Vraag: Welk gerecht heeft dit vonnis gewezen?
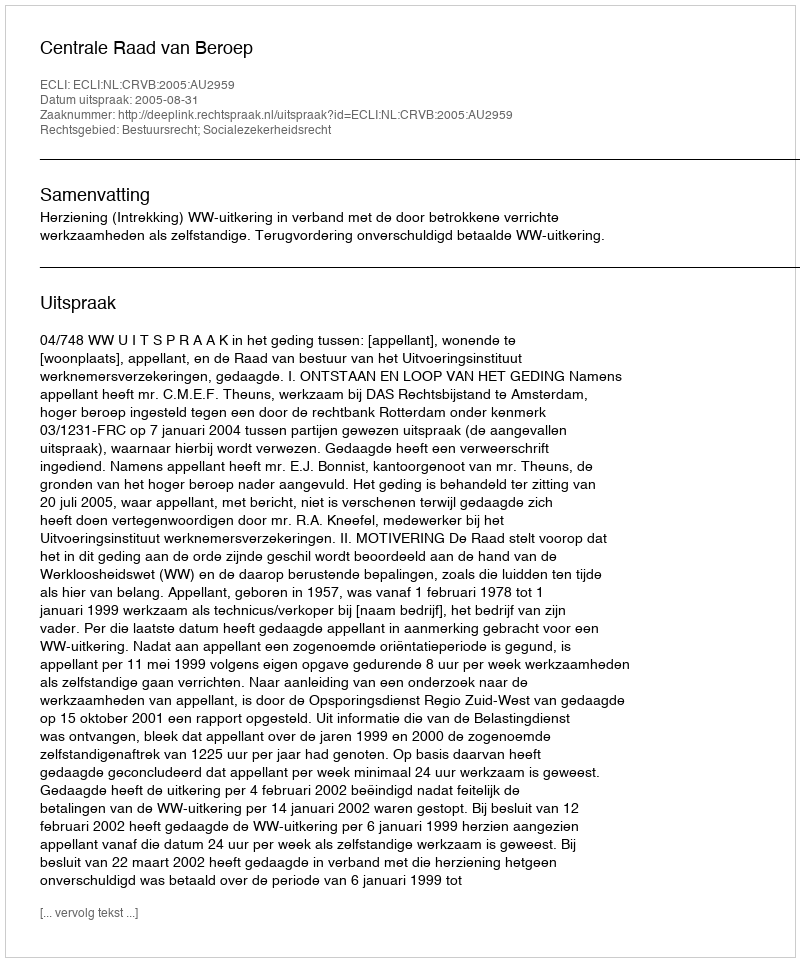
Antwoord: Centrale Raad van Beroep